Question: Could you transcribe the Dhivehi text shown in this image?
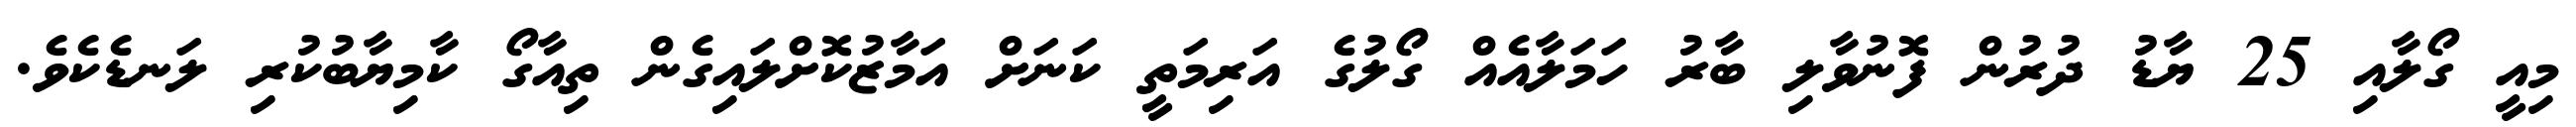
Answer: މިއީ ގޯލާއި 25 ޔާޑު ދުރުން ފޮނުވާލި ބާރު ހަމަލާއެއް ގޯލުގެ އަރިމަތީ ކަނަށް އަމާޒުކޮށްލައިގެން ތިއާގޯ ކާމިޔާބުކުރި ލަނޑެކެވެ.